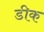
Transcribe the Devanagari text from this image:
डीक